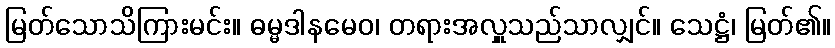
မြတ်သောသိကြားမင်း။ ဓမ္မဒါနမေဝ၊ တရားအလှူသည်သာလျှင်။ သေဋ္ဌံ၊ မြတ်၏။